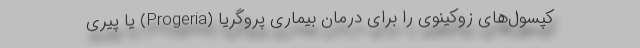
کپسول‌های زوکینوی را برای درمان بیماری پروگریا (Progeria) یا پیری